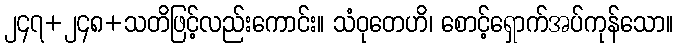
၂၄၇+၂၄၈+သတိဖြင့်လည်းကောင်း။ သံဝုတေဟိ၊ စောင့်ရှောက်အပ်ကုန်သော။